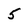
Character: 5